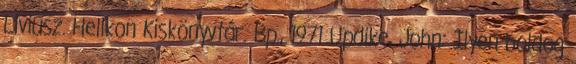
Líviusz. Helikon Kiskönyvtár. Bp., 1971 Updike, John: Ilyen boldog